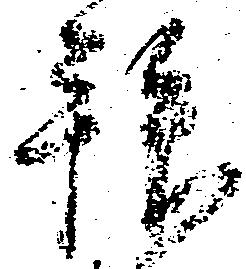
拝